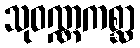
သုဝဏ္ဏကစ္ဆာ